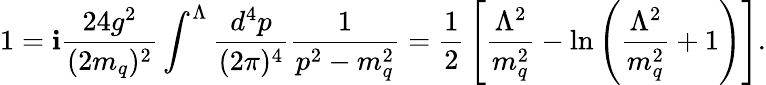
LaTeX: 1=\mathbf{i}{\frac{{24g^{2}}}{{(2m_{q})^{2}}}}\int^{\Lambda}{\frac{{d^{4}p}}{{(2\pi)^{4}}}}{\frac{{1}}{{p^{2}-m_{q}^{2}}}}={\frac{{1}}{{2}}}\left[{\frac{{\Lambda^{2}}}{{m_{q}^{2}}}}-\ln\left({\frac{{\Lambda^{2}}}{{m_{q}^{2}}}}+1\right)\right].